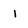
Character: I